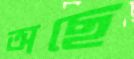
অছে